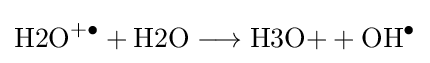
{{\mathrm {H2O^{+\bullet }} }{}+{}{\text{H2O}}{}\mathrel {\longrightarrow } {}{\text{H3O+}}{}+{}{\mathrm {OH^{\bullet }} }}